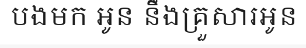
បងមក អូន នឹងគ្រួសារអូន